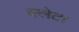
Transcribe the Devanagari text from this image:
क्लेटा